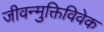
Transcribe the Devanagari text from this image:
जीवन्मुक्तिविवेक